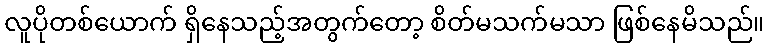
လူပိုတစ်ယောက် ရှိနေသည့်အတွက်တော့ စိတ်မသက်မသာ ဖြစ်နေမိသည်။